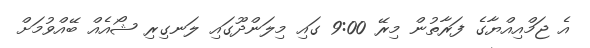
އެ ޖަމްއިއްޔާގެ ފަރާތުން މިރޭ 9:00 ގައި މިލަންދޫގައި ލަނގިރި ޝޯއެއް ބޭއްވުމަށް